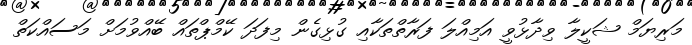
މަރިޔަމް ޝަކީލާ ވިދާޅުވީ އަމިއްލަ ފަރާތްތަކާއި ގުޅިގެން މިފަދަ ކޭމްޕްތައް ބޭއްވުމަށް މަސައްކަތް